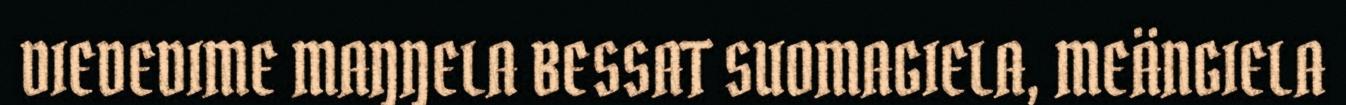
DIEDEDIME MAŊŊELA BESSAT SUOMAGIELA, MEÄNGIELA